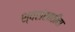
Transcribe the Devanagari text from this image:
श्वसंसाठीचा